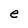
Character: e